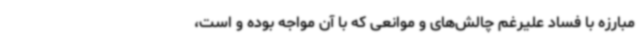
مبارزه با فساد علیرغم چالش‌های و موانعی که با آن مواجه بوده و است،